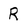
Character: R